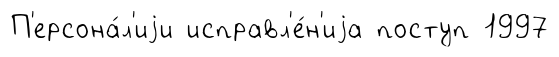
П'ерсона́л'иjи исправл'е́н'иjа поступ 1997